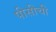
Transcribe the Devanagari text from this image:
पीसीची